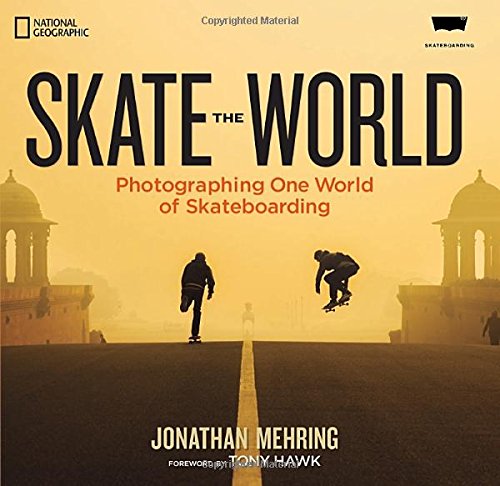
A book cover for Skate the World: Photographing One World of Skateboarding; Jonathan Mehring; Arts & Photography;